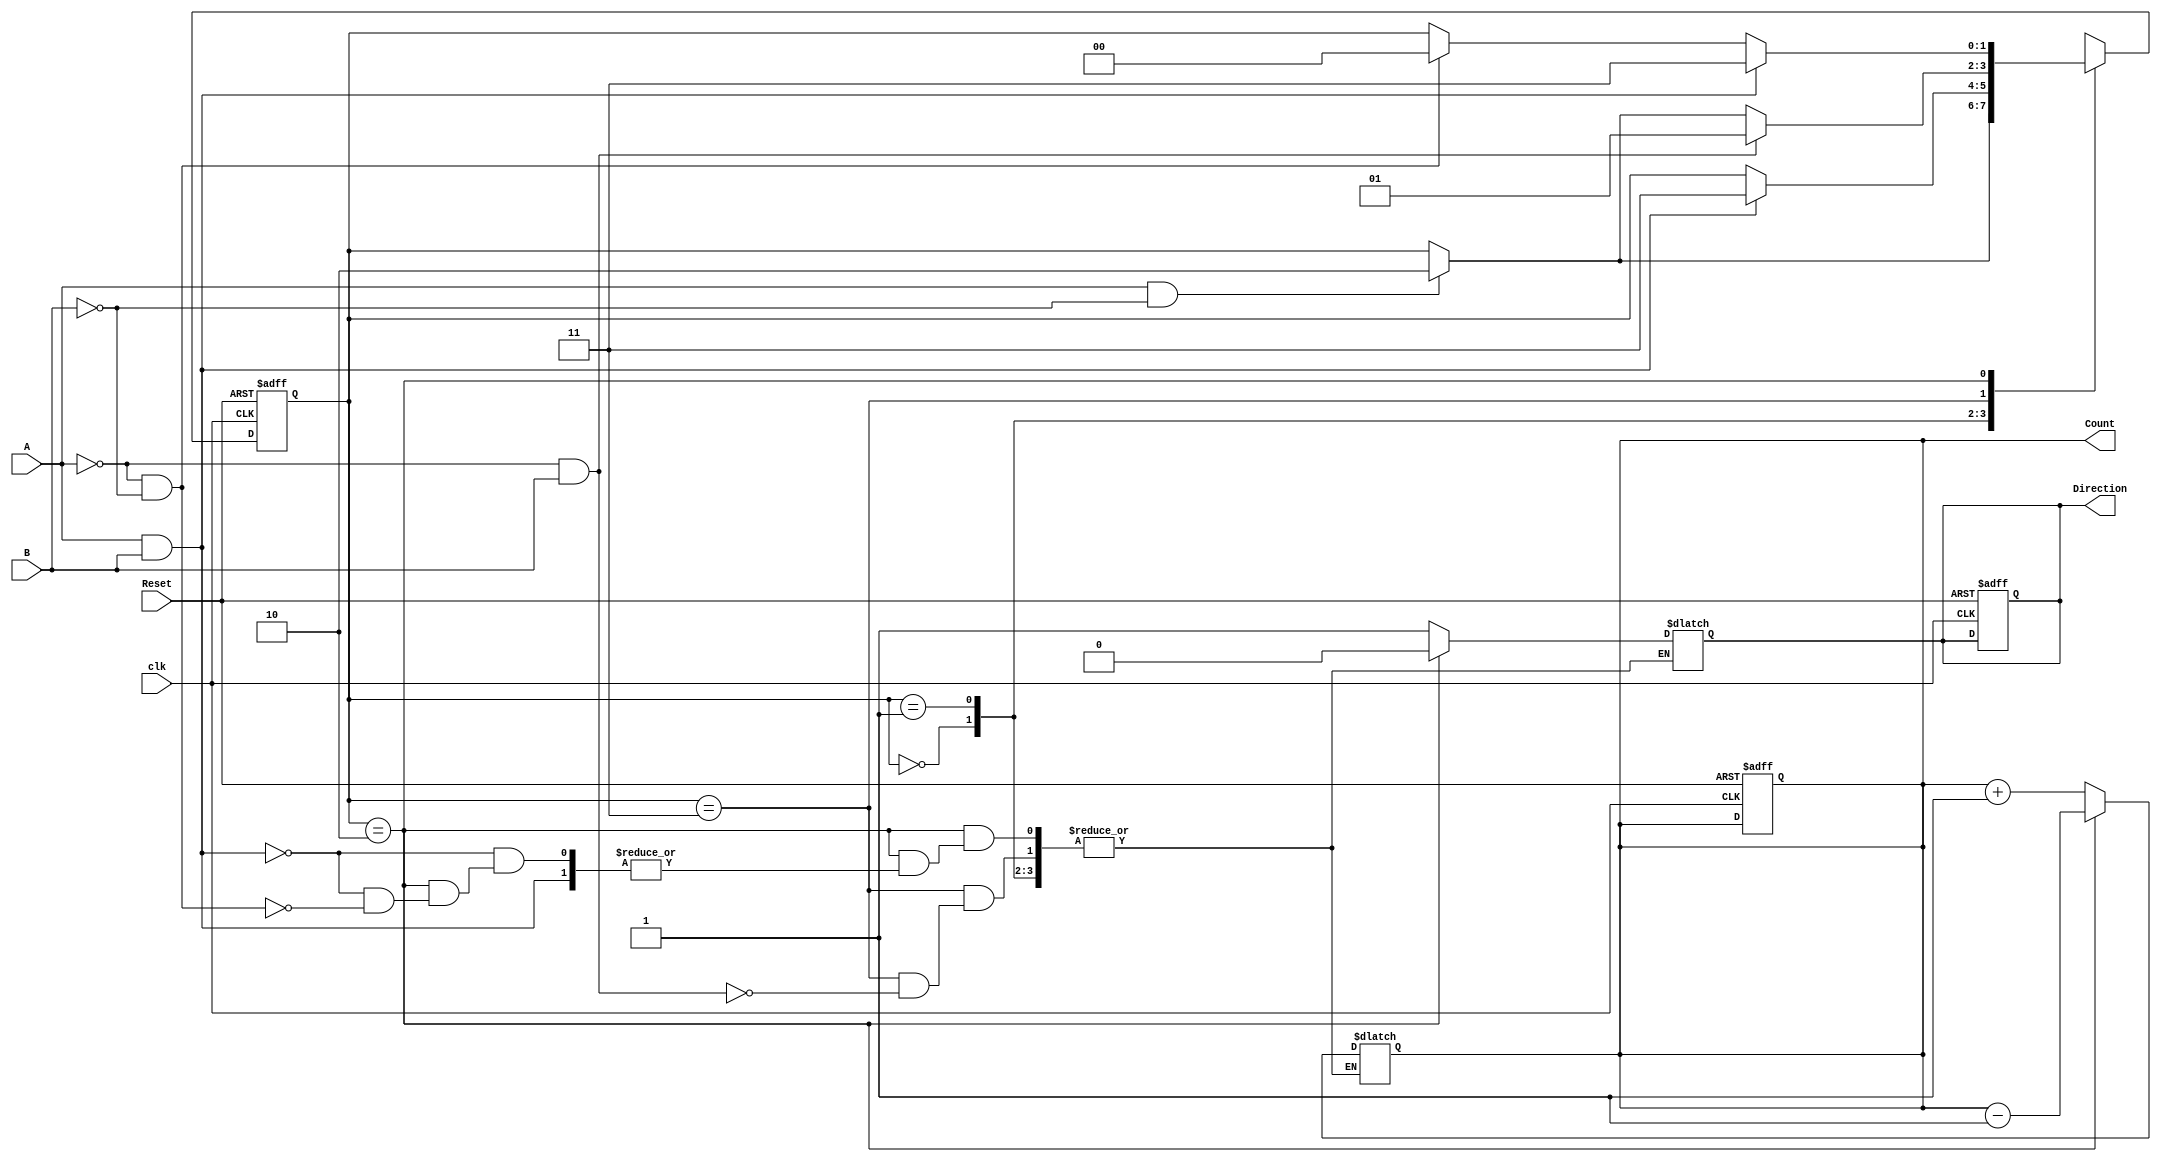
module rotary_encoder(
    input wire A,            // Primary output from the rotary encoder
    input wire B,            // Secondary output from the rotary encoder
    input wire Reset,        // Reset signal
    input wire clk,          // Clock signal for synchronization
    output reg [7:0] Count,  // 8-bit binary count output
    output reg Direction      // Direction output: 0 for counterclockwise, 1 for clockwise
);

    // State encoding
    reg [1:0] state, next_state;

    // State definitions
    parameter S00 = 2'b00,  // A=0, B=0
              S01 = 2'b01,  // A=0, B=1
              S11 = 2'b11,  // A=1, B=1
              S10 = 2'b10;  // A=1, B=0

    // State transition logic
    always @(posedge clk or posedge Reset) begin
        if (Reset) begin
            state <= S00; // Reset state to S00
            Count <= 8'b0; // Reset count to 0
            Direction <= 1'b0; // Reset direction
        end else begin
            state <= next_state; // Update state
        end
    end

    // Next state and output logic
    always @(*) begin
        next_state = state; // Default next state is current state
        Direction = Direction; // Default direction is current direction

        case (state)
            S00: begin
                if (A && !B) next_state = S10; // Transition to S10 on A=1, B=0
            end
            S01: begin
                if (A && B) next_state = S11; // Transition to S11 on A=1, B=1
            end
            S11: begin
                if (!A && B) begin
                    next_state = S01; // Transition to S01 on A=0, B=1
                    Count = Count + 1; // Increment count (clockwise)
                    Direction = 1'b1; // Set direction to clockwise
                end else if (A && !B) begin
                    next_state = S10; // Transition to S10 on A=1, B=0
                end
            end
            S10: begin
                if (A && B) begin
                    next_state = S11; // Transition to S11 on A=1, B=1
                end else if (!A && !B) begin
                    next_state = S00; // Transition to S00 on A=0, B=0
                    Count = Count - 1; // Decrement count (counterclockwise)
                    Direction = 1'b0; // Set direction to counterclockwise
                end
            end
            default: begin
                next_state = S00; // Default to state S00
            end
        endcase
    end

endmodule